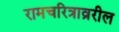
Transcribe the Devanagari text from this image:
रामचरित्राव्ररील